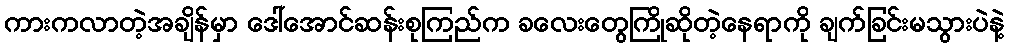
ကားကလာတဲ့အချိန်မှာ ဒေါ်အောင်ဆန်းစုကြည်က ခလေးတွေကြိုဆိုတဲ့နေရာကို ချက်ခြင်းမသွားပဲနဲ့